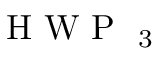
\mathrm { ~ H ~ W ~ P ~ } _ { \mathrm { ~ 3 ~ } }